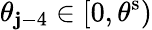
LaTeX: \theta_{\mathbf{j}-4}\in[0,\theta^{\mathrm{{{s}}}})